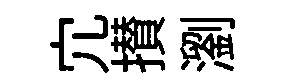
宂攅瀏